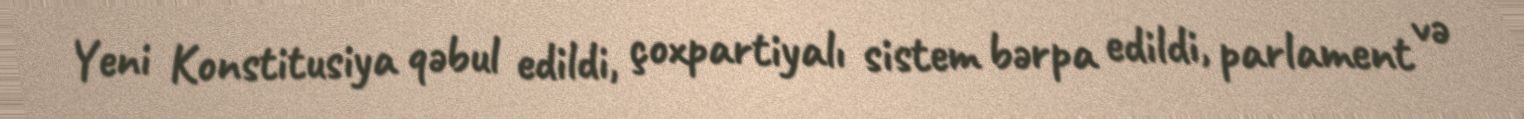
Yeni Konstitusiya qəbul edildi, çoxpartiyalı sistem bərpa edildi, parlament və